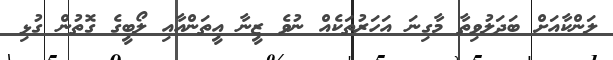
ލަންކާއަށް ބަދަލުވިތާ މާގިނަ އަހަރުތަކެއް ނުވެ ޒީނާ އީތަންއާއި ލޯބީގެ ގޮތުން ގުޅި